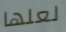
لعلها